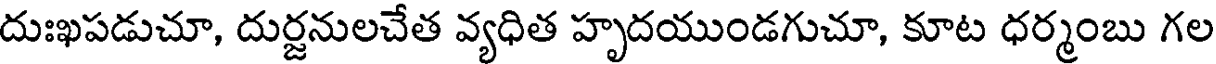
దుఃఖపడుచూ, దుర్జనులచేత వ్యధిత హృదయుండగుచూ, కూట ధర్మంబు గల